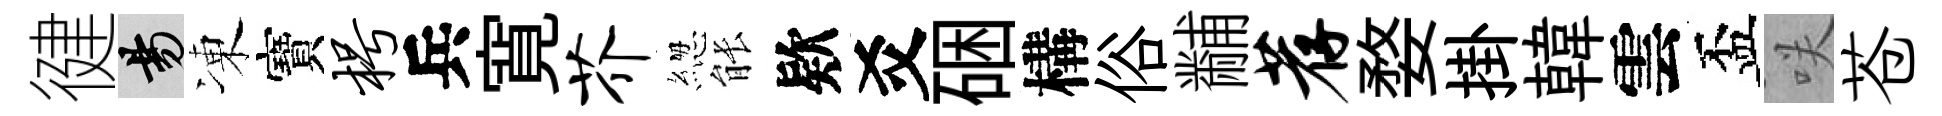
徤昜凍寶枵兵寛芥緫䏻欵爻硱構俗黼荐婺掛韓雲盃咲苍